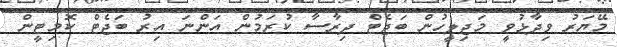
މޭޔަރު ވިދާޅުވީ މަޖިލީހުން ބަޖެޓް ދިރާސާ ކުރަމުން އަންނަ އިރު ބަޖެޓް ކޮމިޓީން